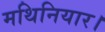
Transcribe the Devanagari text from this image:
मथिनियार।